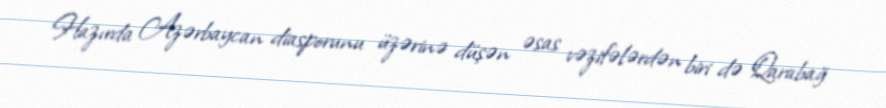
Hazırda Azərbaycan diasporunu üzərinə düşən əsas vəzifələrdən biri də Qarabağ